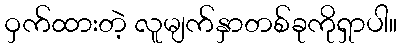
ဝှက်ထားတဲ့ လူမျက်နှာတစ်ခုကိုရှာပါ။